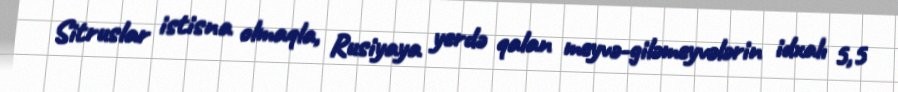
Sitruslar istisna olmaqla, Rusiyaya yerdə qalan meyvə-giləmeyvələrin idxalı 5,5